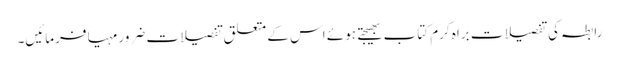
رابطہ کی تفصیلات براہ کرم کتاب بھیجتے ہوئے اس کے متعلق تفصیلات ضرور مہیا فرمائیں۔